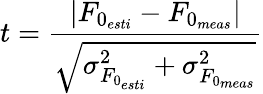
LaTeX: t=\frac{\left|F_{0_{esti}}-F_{0_{meas}}\right|}{\sqrt{\sigma_{F_{0_{esti}}}^{2}+\sigma_{F_{0_{meas}}}^{2}}}